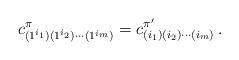
LaTeX: \begin{align*} c^\pi_{(1^{i_1})(1^{i_2})\cdots(1^{i_m})} = c^{\pi'}_{(i_1)(i_2)\cdots(i_m)}\,.\end{align*}